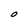
Character: O